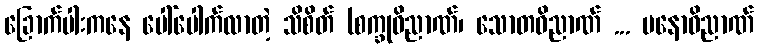
ခြောက်ပါးကနေ ပေါ်ပေါက်လာတဲ့ သိစိတ် (စက္ခုဝိညာဏ်၊ သောတဝိညာဏ် ... မနောဝိညာဏ်